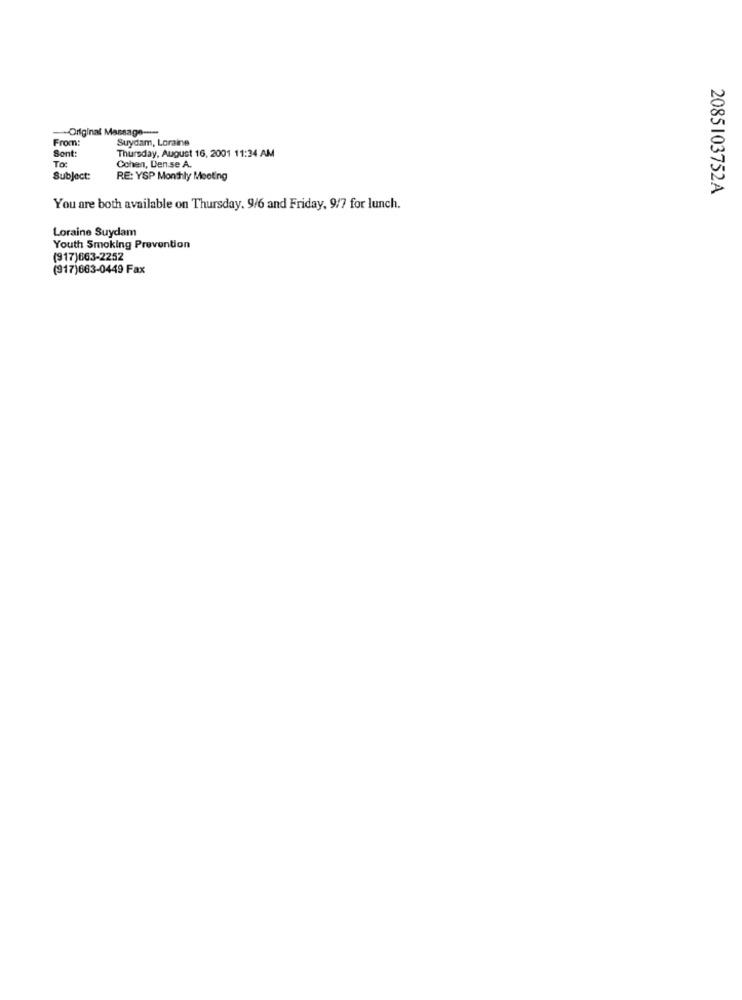
-Original Message ----
From:
Suydam, Loraine
Sont:
To:
Thursday, August 16, 2001 11:34 AM
Cohen, Den se A.
Subject:
RE: YSP Monthly Meeting
2085103752A
You are both available on Thursday. 9/6 and Friday, 9/7 for lunch.
Loraine Suydam
Youth Smoking Prevention
(917)663-2252
(917)663-0449 Fax